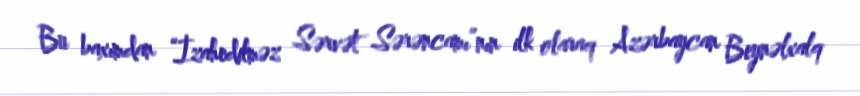
Bu baxımdan “İzahedilməz Sərvət Sərəncamı”nın ilk olaraq Azərbaycan Beynəlxalq